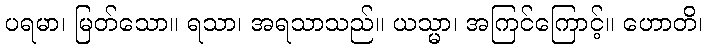
ပရမာ၊ မြတ်သော။ ရသာ၊ အရသာသည်။ ယသ္မာ၊ အကြင်ကြောင့်။ ဟောတိ၊